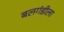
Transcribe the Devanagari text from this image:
बलगंडीला